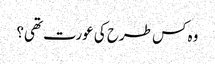
وہ کس طرح کی عورت تھی؟